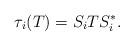
LaTeX: \begin{align*}\tau_i(T)=S_iTS_i^*.\end{align*}